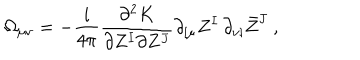
LaTeX: \Omega _ { \mu \nu } = - \frac i { 4 \pi } \frac { \partial ^ { 2 } K } { \partial Z ^ { I } \partial Z ^ { J } } \partial _ { [ \mu } Z ^ { I } \, \partial _ { \nu ] } \bar { Z } ^ { J } \ ,